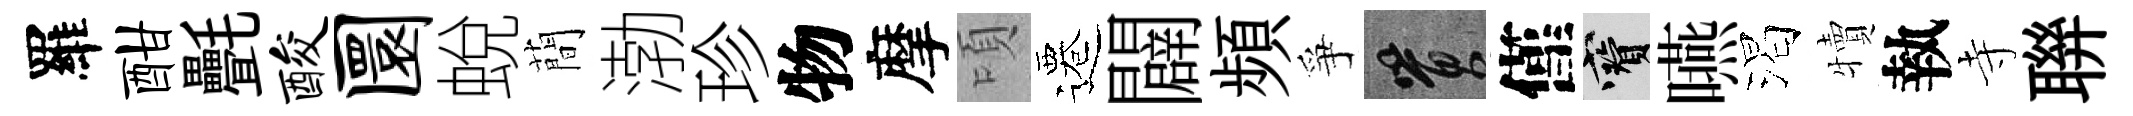
羅酣㲲酸圜蛻蕳渤珍物摩頃遷闢頻爭篔僅寶嚥渴犢執寺聨